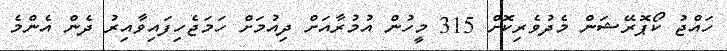
ހައްޖު ކޯޕޮރޭޝަން މެދުވެރިކޮށް 315 މީހުން އުމުރާއަށް ދިއުމަށް ހަމަޖެހިފައިވާއިރު ދެން އެންމެ